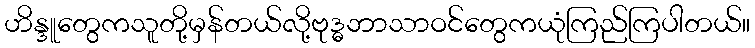
ဟိန္ဒူတွေကသူတို့မှန်တယ်လို့ဗုဒ္ဓဘာသာဝင်တွေကယုံကြည်ကြပါတယ်။